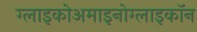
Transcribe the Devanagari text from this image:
ग्लाइकोअमाइनोग्लाइकॉन